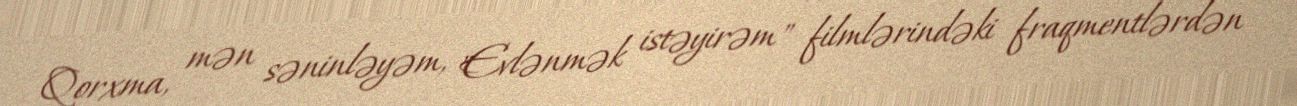
Qorxma, mən səninləyəm, "Evlənmək istəyirəm" filmlərindəki fraqmentlərdən